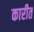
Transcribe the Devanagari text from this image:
कारीत